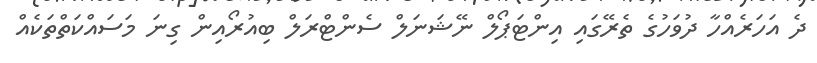
ދެ އަހަރެއްހާ ދުވަހުގެ ތެރޭގައި އިންޓަޕޯލް ނޭޝަނަލް ސެންޓްރަލް ބިއުރޯއިން ގިނަ މަސައްކަތްތަކެއް